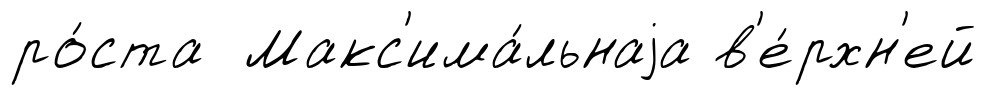
ро́ста Макс'има́льнаjа в'е́рхн'ей